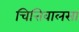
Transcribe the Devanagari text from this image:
चित्तिवालसा